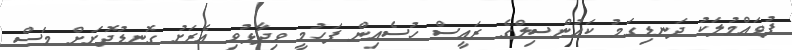
ފުވައްމުލަކު ދަނޑިގަމު ކައުންސިލްގެ ރައީސް ހުސެއިން ފަހުމީ ވިދާޅުވި އެރަށު ގޮނޑުދޮށަށް މަސް